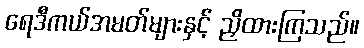
ရေဒီကယ်အမတ်များနှင့် ညှိထားကြသည်။